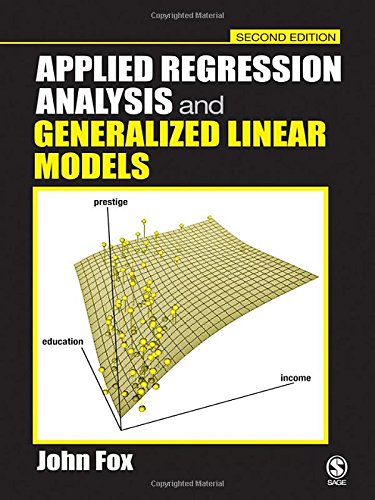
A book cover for Applied Regression Analysis and Generalized Linear Models; John Fox; Politics & Social Sciences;